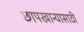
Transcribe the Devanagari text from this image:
छापखान्यासाठी